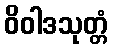
ဝိဝါဒသုတ္တံ